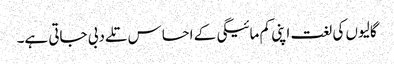
گالیوں کی لغت اپنی کم مائیگی کے احساس تلے دبی جاتی ہے۔